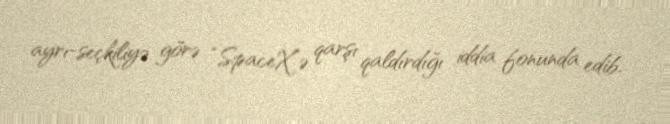
ayrı-seçkiliyə görə “SpaceX”ə qarşı qaldırdığı iddia fonunda edib.